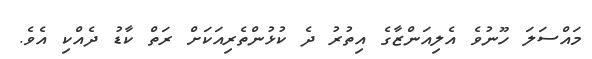
މައްސަލަ ހޫނުވެ އެލިއަންޒާގެ އިތުރު ދެ ކުޅުންތެރިއަކަށް ރަތް ކާޑު ދެއްކި އެވެ.